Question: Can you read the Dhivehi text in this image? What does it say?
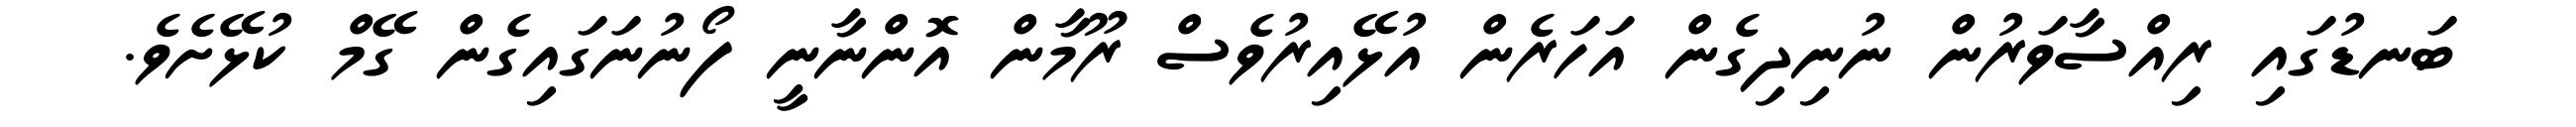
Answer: ބަނޑުގައި ރިއްސާވަރުން ނުނިދިގެން އަހަރެން އުޅޭއިރުވެސް ރޫމާން އޮންނާނީ ފޯނުނަގައިގެން ގޭމް ކުޅޭށެވެ.